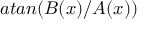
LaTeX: a t a n ( B ( x ) / A ( x ) )